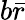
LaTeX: b{\bar{r}}